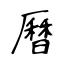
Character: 曆